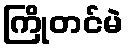
ကြိုတင်မဲ